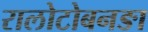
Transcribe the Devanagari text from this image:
रालोटोबनङा